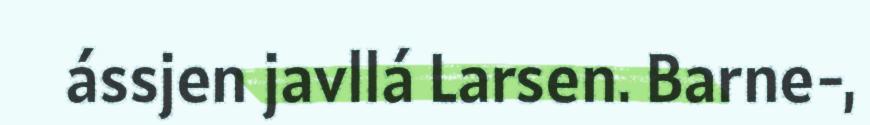
ássjen javllá Larsen. Barne-,